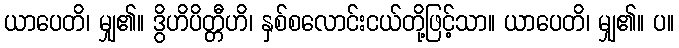
ယာပေတိ၊ မျှ၏။ ဒွိဟိပိတ္တီဟိ၊ နှစ်စလောင်းငယ်တို့ဖြင့်သာ။ ယာပေတိ၊ မျှ၏။ ပ။